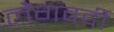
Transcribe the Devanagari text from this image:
लैंगवर्दी